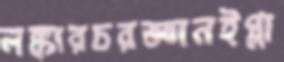
লঙ্কারচরজ্ঞানইপ্লা